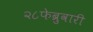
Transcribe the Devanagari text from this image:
२८फेब्रुवारी